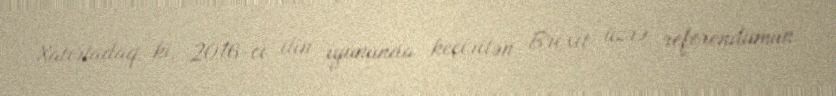
Xatırladaq ki, 2016-cı ilin iyununda keçirilən Brexit üzrə referendumun